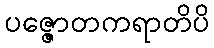
ပဇ္ဇောတကရာတိပိ